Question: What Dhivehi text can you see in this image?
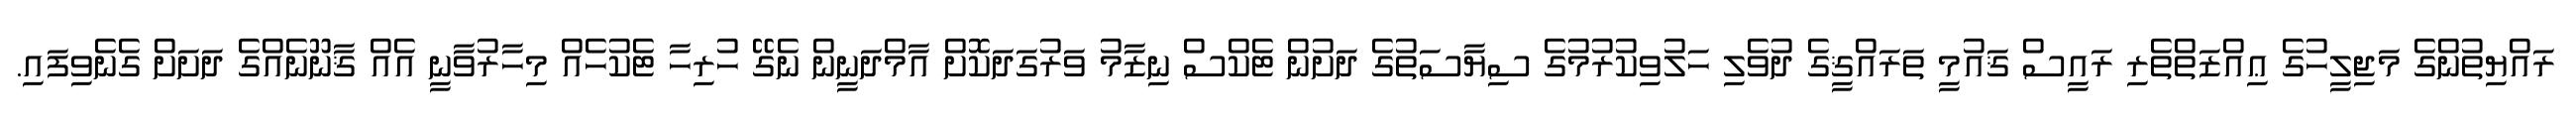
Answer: ރައްޔިތުންގެ މަޖިލީހުގެ ޢިއްޒަތްތެރި ރައީސް ޤައުމީ ތަރައްޤީގެ ދުވެލި ހަލުވިކުރުމުގެ ސިޔާސަތުގެ ދަށުން ޓެކްސް ނިޒާމު ވަރުގަދަކޮށް އާމްދަނީން ނެގޭ ހުރިހާ ޓެކުހެއް މިހާރުވާނީ އެއް ޤާނޫނެއްގެ ދަށަށް ގެނެވިފައި.